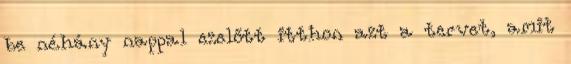
be néhány nappal ezelőtt itthon azt a tervet, amit